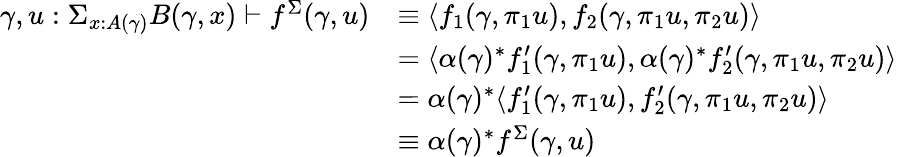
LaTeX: \begin{array}{rl}{\gamma,u:\Sigma_{x:A(\gamma)}B(\gamma,x)\vdash f^{\Sigma}(\gamma,u)}&{\equiv\langle f_{1}(\gamma,\pi_{1}u),f_{2}(\gamma,\pi_{1}u,\pi_{2}u)\rangle}\\ &{=\langle\alpha(\gamma)^{*}f_{1}^{\prime}(\gamma,\pi_{1}u),\alpha(\gamma)^{*}f_{2}^{\prime}(\gamma,\pi_{1}u,\pi_{2}u)\rangle}\\ &{=\alpha(\gamma)^{*}\langle f_{1}^{\prime}(\gamma,\pi_{1}u),f_{2}^{\prime}(\gamma,\pi_{1}u,\pi_{2}u)\rangle}\\ &{\equiv\alpha(\gamma)^{*}f^{\Sigma}(\gamma,u)}\end{array}